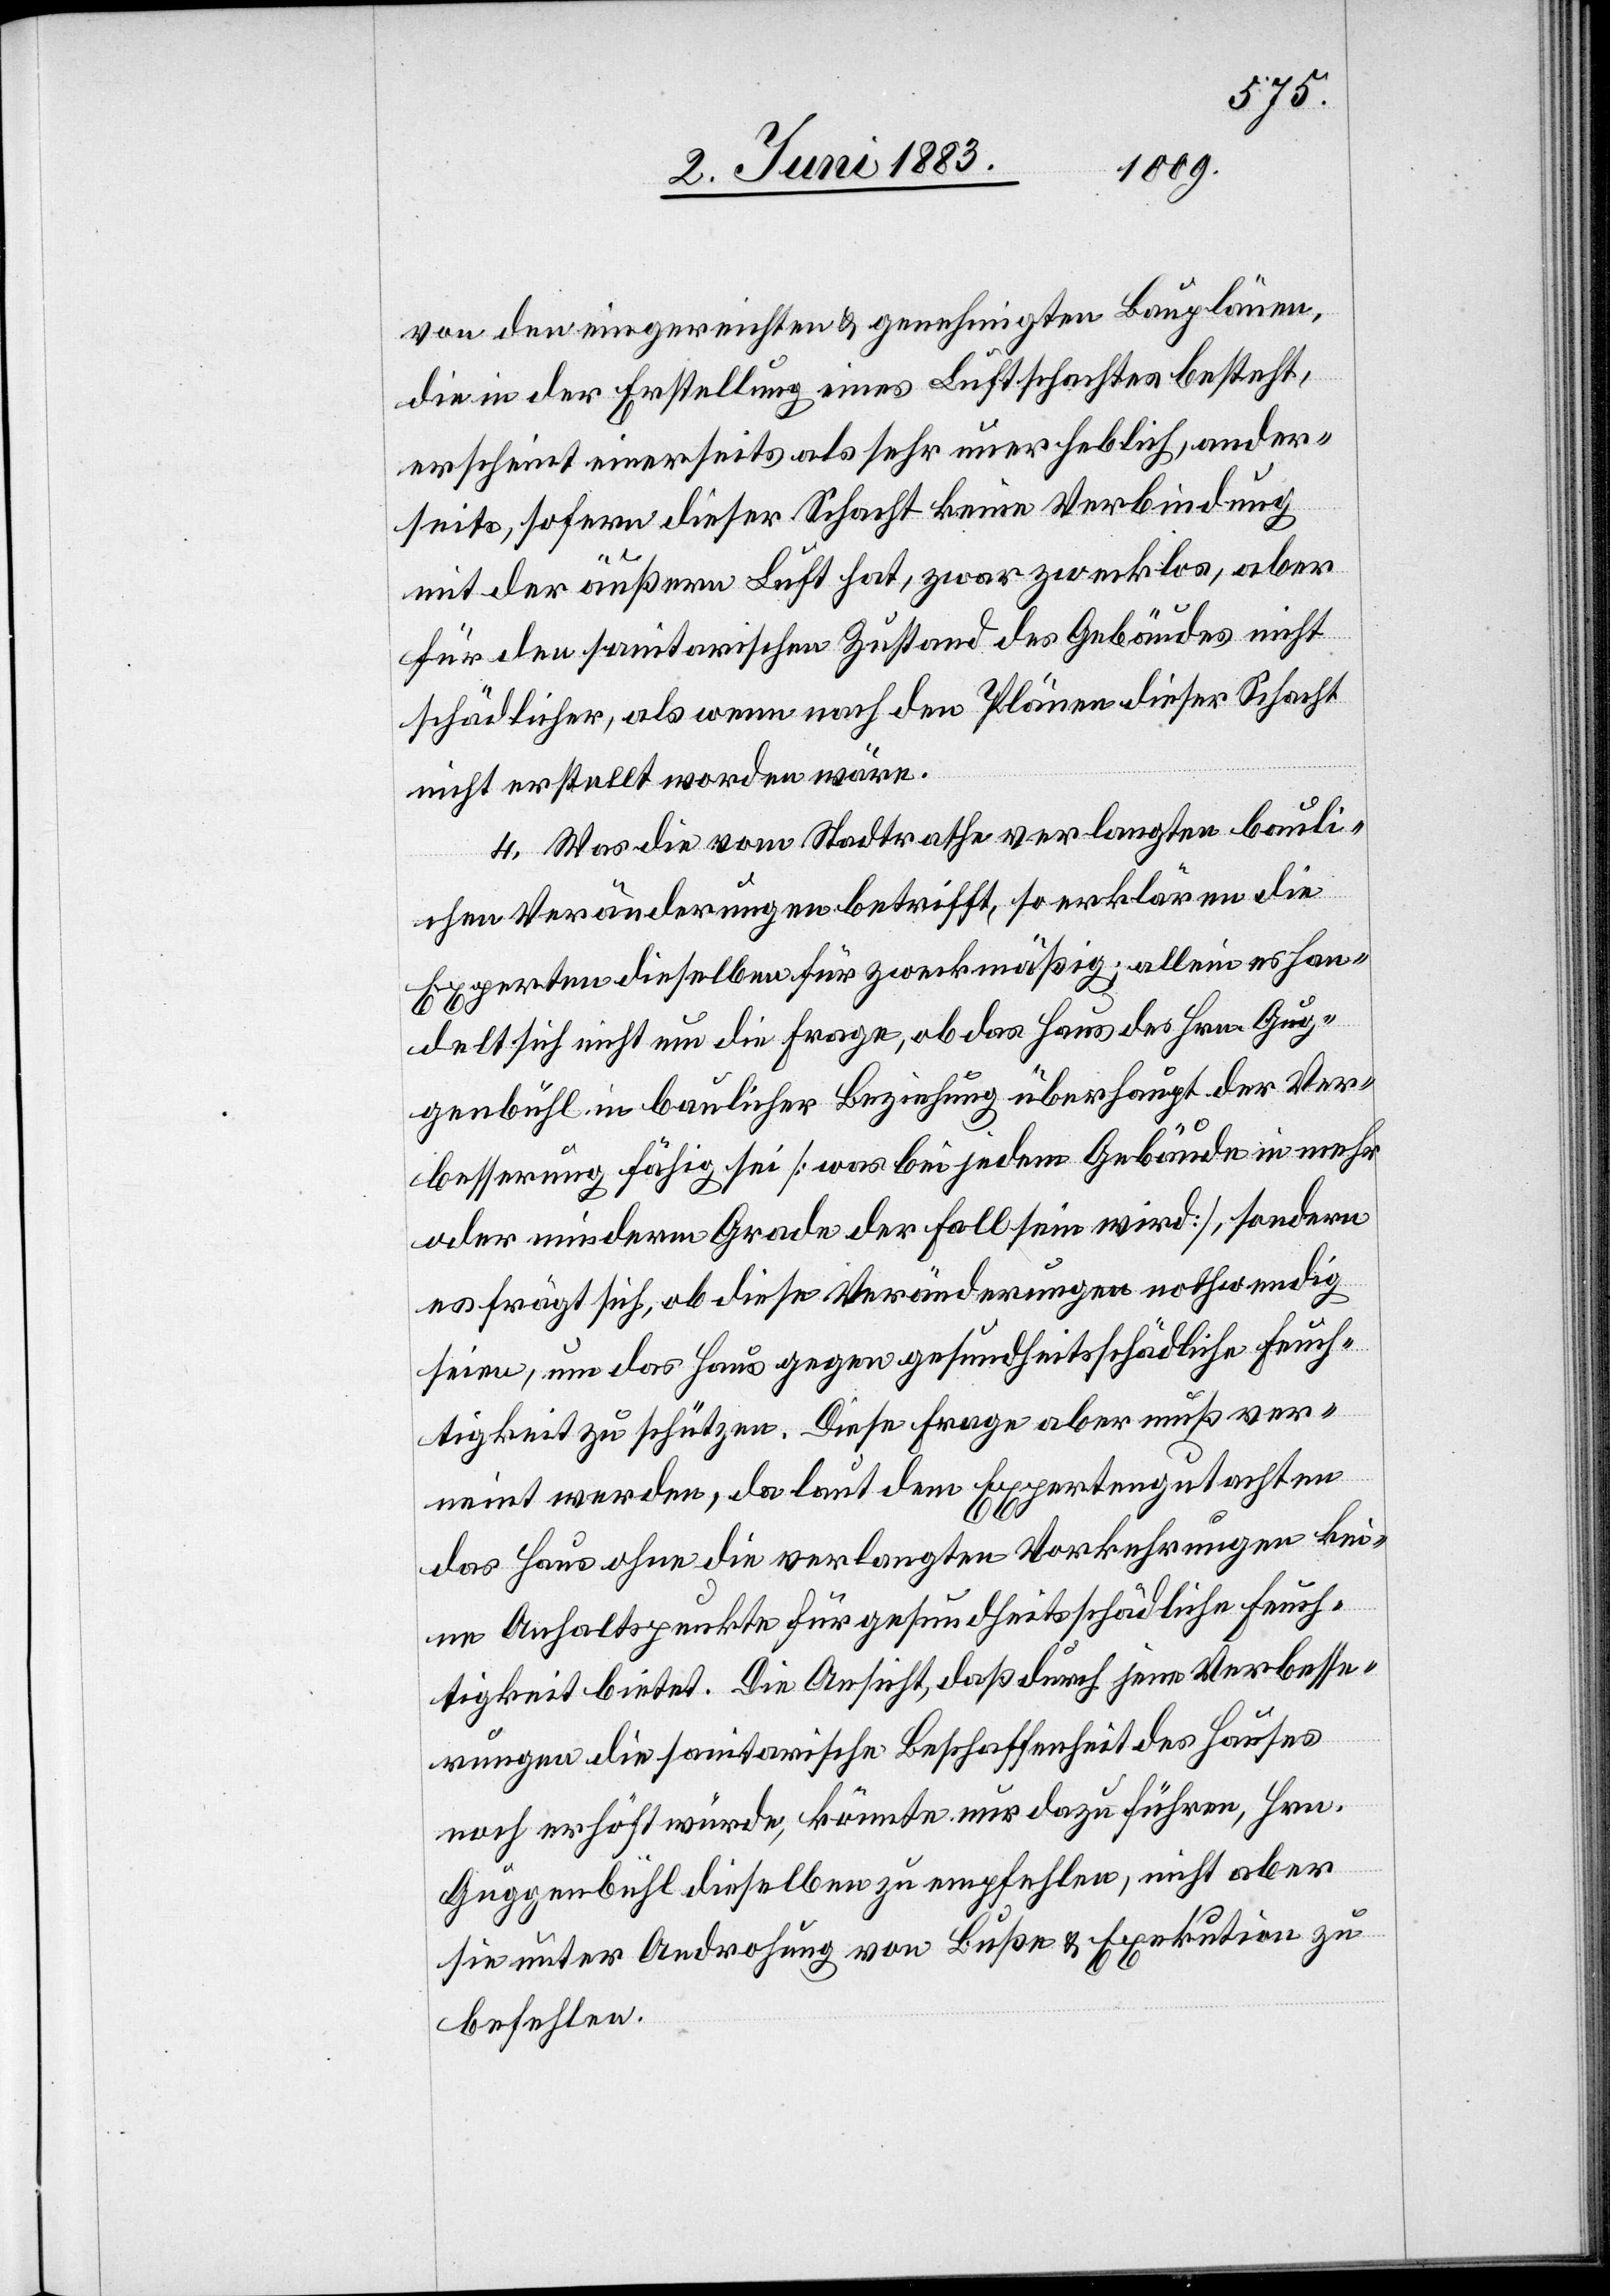
von den eingereichten & genehmigten Bauplänen,
die in der Erstellung eines Luftschachtes besteht,
erscheint einerseits als sehr unerheblich, ander¬
seits, sofern dieser Schacht keine Verbindung
mit der äußern Luft hat, zwar zwecklos, aber
für den sanitarischen Zustand des Gebäudes nicht
schädlicher, als wenn nach den Plänen dieser Schacht
nicht erstellt worden wäre.
4. Was die vom Stadtrathe verlangten bauli¬
chen Veränderungen betrifft, so erklären die
Experten dieselben für zweckmäßig; allein es han¬
delt sich nicht um die Frage, ob das Haus des Hrn. Gug¬
genbühl in baulicher Beziehung überhaupt der Ver¬
besserung fähig sei [was bei jedem Gebäude in mehr
oder minderem Grade der Fall sein wird], sondern
es frägt sich, ob diese Veränderungen nothwendig
seien, um das Haus gegen gesundheitsschädliche Feuch¬
tigkeit zu schützen. Diese Frage aber muß ver¬
neint werden, da laut dem Expertengutachten
das Haus ohne die verlangten Vorkehrungen kei¬
ne Anhaltspunkte für gesundheitsschädliche Feuch¬
tigkeit bietet. Die Ansicht, daß durch jene Verbesse¬
rungen die sanitarische Beschaffenheit des Hauses
noch erhöht würde, könnte nur dazu führen, Hrn.
Guggenbühl dieselben zu empfehlen, nicht aber
sie unter Androhung von Buße & Exekution zu
befehlen.